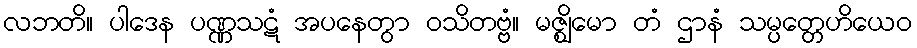
လဘတိ။ ပါဒေန ပဏ္ဏသဋံ အပနေတွာ ဝသိတဗ္ဗံ။ မဇ္ဈိမော တံ ဌာနံ သမ္ပတ္တေဟိယေဝ